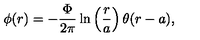
\phi ( r ) = - \displaystyle \frac { \Phi } { 2 \pi } \ln \left( \displaystyle \frac { r } { a } \right) \theta ( r - a ) ,